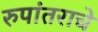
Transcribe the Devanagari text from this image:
रुपांतराचे